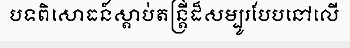
បទពិសោធន៍ស្តាប់តន្ត្រីដ៏សម្បូរបែបនៅលើ